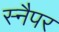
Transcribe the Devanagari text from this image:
स्नैपर